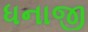
ધનાજી